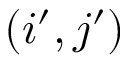
( i ^ { \prime } , j ^ { \prime } )